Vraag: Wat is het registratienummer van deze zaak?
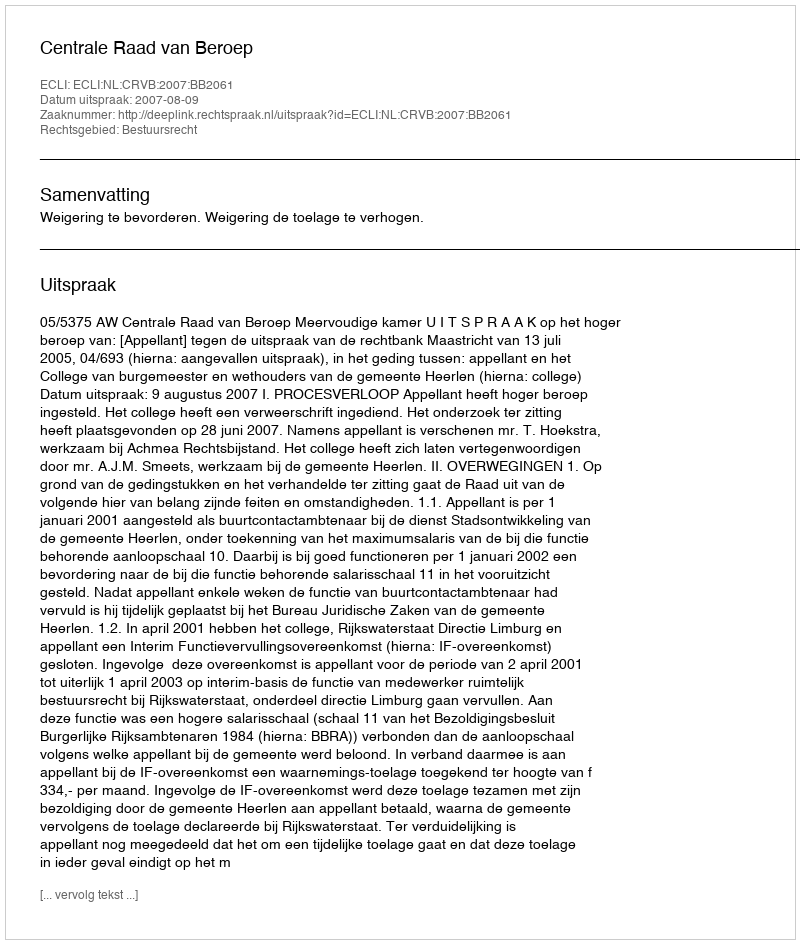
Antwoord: http://deeplink.rechtspraak.nl/uitspraak?id=ECLI:NL:CRVB:2007:BB2061